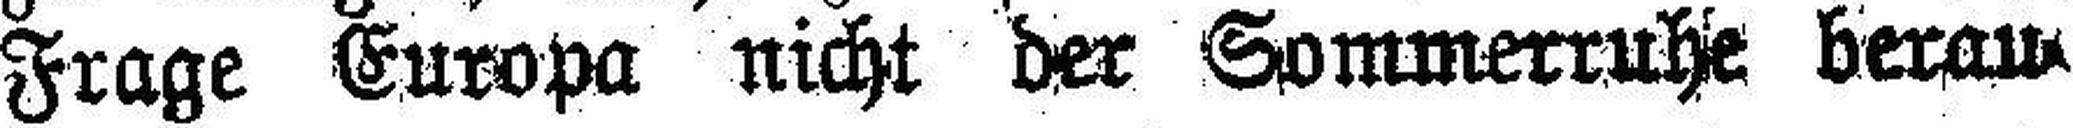
Frage Europa nicht der Sommerruhe berau¬